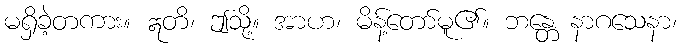
မရှိခဲ့တကား။ ဣတိ၊ ဤသို့။ အာဟ၊ မိန့်တော်မူ၏။ ဘန္တေ နာဂသေနာ၊